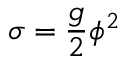
\sigma = \frac { g } { 2 } \phi ^ { 2 }